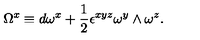
\Omega ^ { x } \equiv d \omega ^ { x } + { \frac { 1 } { 2 } } \epsilon ^ { x y z } \omega ^ { y } \wedge \omega ^ { z } .